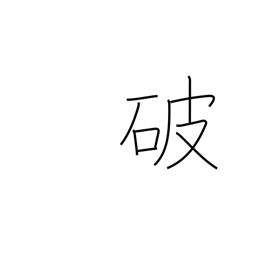
Meaning: rip